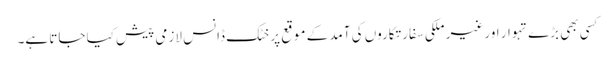
کسی بھی بڑے تہوار اور غیر ملکی سفارتکاروں کی آمد کے موقع پر خٹک ڈانس لازمی پیش کیا جاتا ہے۔